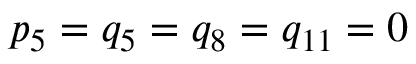
p _ { 5 } = q _ { 5 } = q _ { 8 } = q _ { 1 1 } = 0